First report of the anti-malarial operations at Mian Mir, 1901-1903 - Number 6
Year: 1901
Disease focus: Malaria
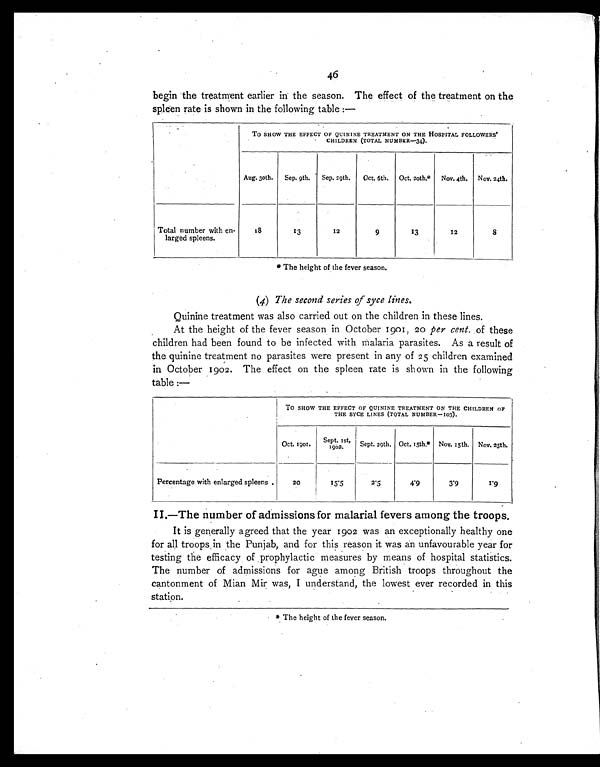
46
begin the treatment earlier in the season. The effect of the treatment on the
spleen rate is shown in the following table :—
TO SHOW THE EFFECT OF QUININE TREATMENT ON THE HOSPITAL FOLLOWERS'
CHILDREN (TOTAL NUMBER—34).
Aug. 30th.
Sep. 9th. Sep.29th.
Oct. 6th
Oct.20th* Nov. 4th. Nov. 24th.
Total number with en-
larged spleens.
18
13
12
9
13
12
8
* The height of the fever season.
(4) The second series of syce lines.
Quinine treatment was also carried out on the children in these lines
At the height of the fever season in October 1901, 20 per cent . of these
children had been found to be infected with malaria parasites. As a result of
the quinine treatment no parasites were present in any of 25 children examined
in October 1902. The effect on the spleen rate is shown in the following
table :—
TO SHOW THE EFFECT OF QUININE TREATMENT ON THE CHILDREN OF
THE SYCE LINES (TOTAL NU MBER —103).
Oct. 1901. Sept. 1st,
1902.
Sept.29th. Oct.15th.* Nov. 15th. Nov. 25th.
Percentage with enlarged spleens .
20
1 5 . 5
2.5
4.9
3.9
1.9
II.—The number of admissions for malarial fevers among the troops.
It is generally agreed that the year 1902 was an exceptionally healthy one
for all troops in the Punjab, and for this reason it was an unfavourable year for
testing the efficacy of prophylactics measures by means of hospital statistics.
The number of admissions for ague among British troops throughout the
cantonment of Mian Mir was, I understand, the lowest ever recorded in this
station.
* The height of the fever season.